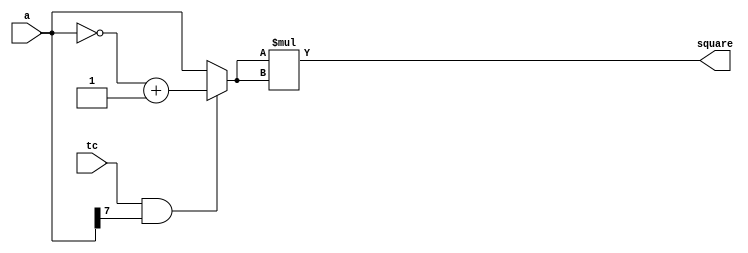


//// RTL for DW_square starts here
module DW_square (a, tc, square)/* synthesis syn_builtin_du = "weak" */;

parameter width = 8;
//Input/output declaration
input [width - 1 : 0]        a;
input                        tc;
output [(2 * width) - 1 : 0] square;

//Signal declaration
reg [width - 1 : 0]          temp_a;

//Generate square value
assign square = temp_a * temp_a;

//Checking for sign 
always @(tc or a)
 if ( tc && a[width - 1])
     temp_a = ~a + 1'b1;
   else
     temp_a = a;

endmodule